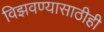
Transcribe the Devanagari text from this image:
विझवण्यासाठीही